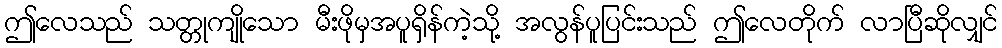
ဤလေသည် သတ္တုကျိုသော မီးဖိုမှအပူရှိန်ကဲ့သို့ အလွန်ပူပြင်းသည် ဤလေတိုက် လာပြီဆိုလျှင်